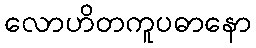
လောဟိတကူပဓာနော